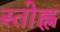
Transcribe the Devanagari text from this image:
स्तोह्ल